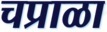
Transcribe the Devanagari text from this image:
चप्राळा